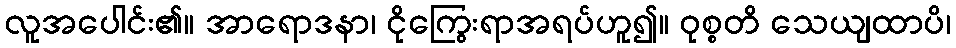
လူအပေါင်း၏။ အာရောဒနာ၊ ငိုကြွေးရာအရပ်ဟူ၍။ ဝုစ္စတိ သေယျထာပိ၊